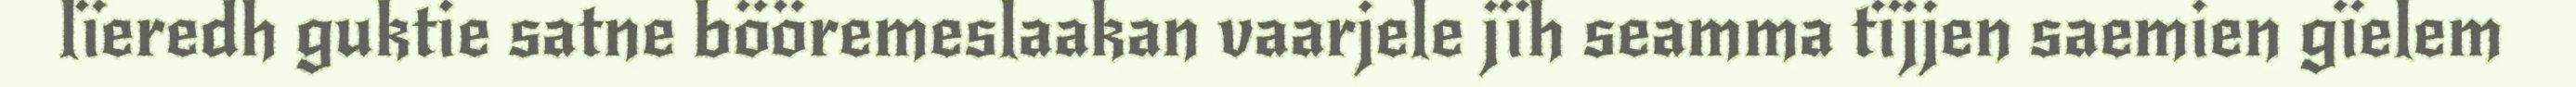
lïeredh guktie satne bööremeslaakan vaarjele jïh seamma tïjjen saemien gïelem